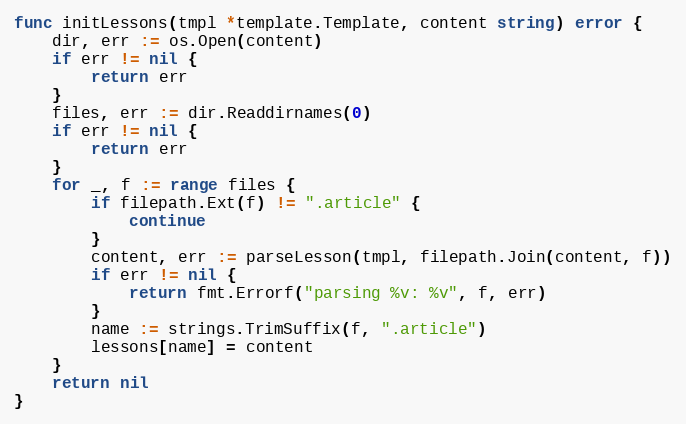
Language: Go
func initLessons(tmpl *template.Template, content string) error {
	dir, err := os.Open(content)
	if err != nil {
		return err
	}
	files, err := dir.Readdirnames(0)
	if err != nil {
		return err
	}
	for _, f := range files {
		if filepath.Ext(f) != ".article" {
			continue
		}
		content, err := parseLesson(tmpl, filepath.Join(content, f))
		if err != nil {
			return fmt.Errorf("parsing %v: %v", f, err)
		}
		name := strings.TrimSuffix(f, ".article")
		lessons[name] = content
	}
	return nil
}